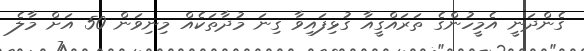
ގެންދަނީ އެމީހުންގެ ތަރައްގީއާ ގުޅިފައިވާ ގިނަ މުދާތަކެއް މިނިވަން 50 އަށް މާލެ